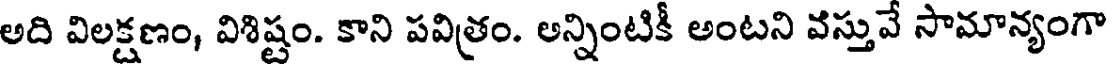
అది విలక్షణం, విశిష్టం. కాని పవిత్రం. అన్నింటికీ అంటని వస్తువే సామాన్యంగా